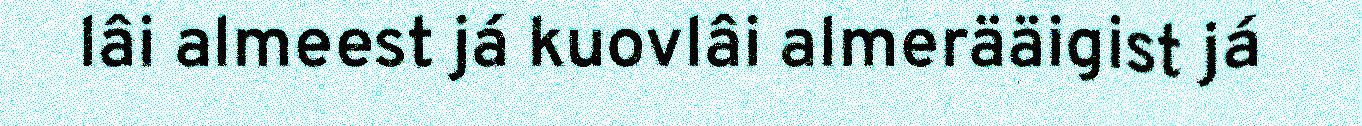
lâi almeest já kuovlâi almerääigist já